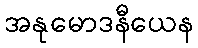
အနုမောဒနီယေန